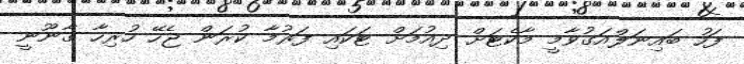
ފަހު ބައިނަލްއަގުވާމީ މާކެޓަށް ދިއުމަށް ޓަކައި ފަރުމާ ކުރަން ޖެހޭ ހުރިހާ ގާނޫނީ